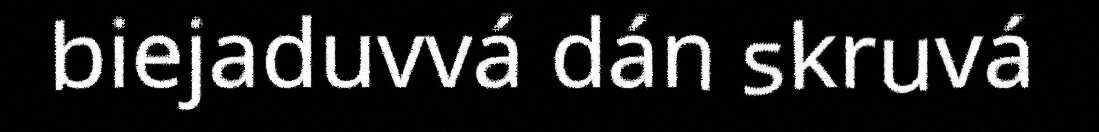
biejaduvvá dán skruvá